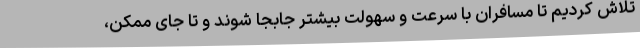
تلاش کردیم تا مسافران با سرعت و سهولت بیشتر جابجا شوند و تا جای ممکن،